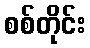
စစ်တိုင်း